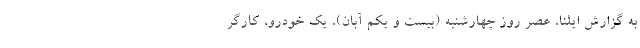
به گزارش ایلنا، عصر روز چهارشنبه (بیست و یکم آبان)، یک خودرو، کارگر